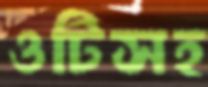
ওটিসহ